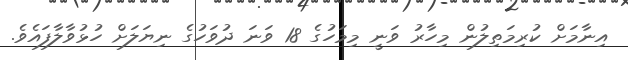
އިނާމަށް ކުރިމަތިލުން މިހާރު ވަނީ މިމަހުގެ 18 ވަނަ ދުވަހުގެ ނިޔަލަށް ހުޅުވާލާފައެވެ.